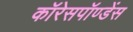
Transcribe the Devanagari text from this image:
कॉरेसपॉण्डेंस